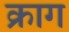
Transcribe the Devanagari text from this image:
क्राग